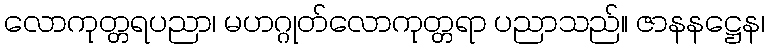
လောကုတ္တရပညာ၊ မဟဂ္ဂုတ်လောကုတ္တရာ ပညာသည်။ ဇာနနဋ္ဌေန၊